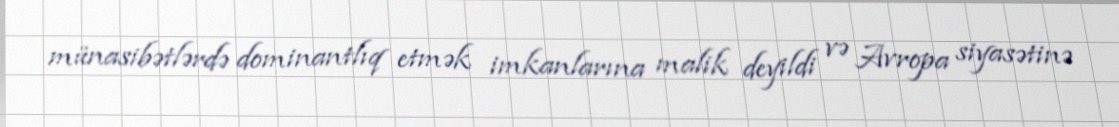
münasibətlərdə dominantlıq etmək imkanlarına malik deyildi və Avropa siyasətinə